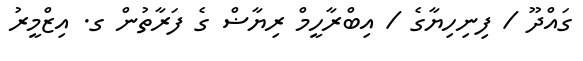
ގައްދޫ / ފިނިހިޔާގެ / އިބްރާހީމް ރިޔާޟް ގެ ފަރާތުން ގ. އިޒްމީރު